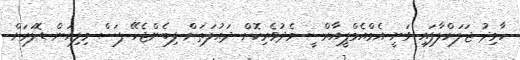
ހާމިދު ޖަލަށްލާފައި ވަނީ އެމްއެމްޕީއާރްސީ މެދުވެރިކޮށް ދައުލަތަށް ލިބެންޖެހޭ ފަސް މިލިއަން ޑޮލަރަށް